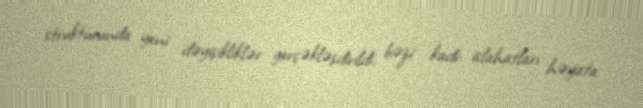
strukturunda yeni dəyişikliklər gerçəkləşdirildi, bəzi kadr islahatları həyata